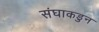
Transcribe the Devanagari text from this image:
संघाकडुन